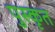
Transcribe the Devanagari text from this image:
पुस्कृत